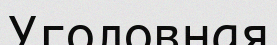
Уголовная